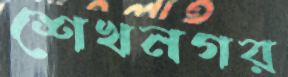
শেখনগর